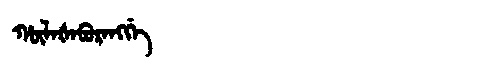
Manchu: ᡥᡡᠯᠠᡧᠠᠪᡠᡵᠠᠩᡤᡝ
Romanization: HŪLAŠABURANGGE